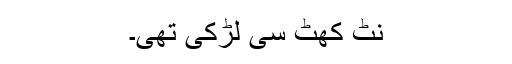
نٹ کھٹ سی لڑکی تھی۔